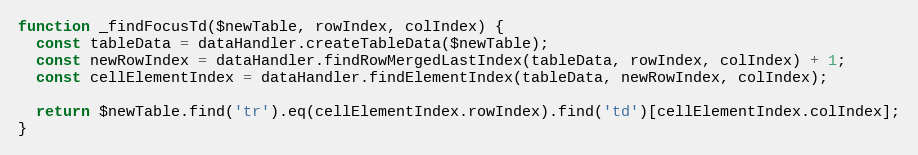
Language: JavaScript
function _findFocusTd($newTable, rowIndex, colIndex) {
  const tableData = dataHandler.createTableData($newTable);
  const newRowIndex = dataHandler.findRowMergedLastIndex(tableData, rowIndex, colIndex) + 1;
  const cellElementIndex = dataHandler.findElementIndex(tableData, newRowIndex, colIndex);

  return $newTable.find('tr').eq(cellElementIndex.rowIndex).find('td')[cellElementIndex.colIndex];
}